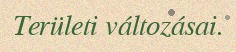
Területi változásai.